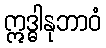
ဣဒ္ဓါနုဘာဝံ